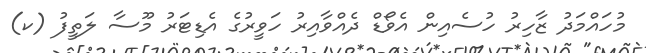
މުހައްމަދު ޒާހިރު ހުސެއިން އެވޯޑް ދެއްވާއިރު ހަވީރުގެ އެޑިޓަރު މޫސާ ލަތީފު (ކ)